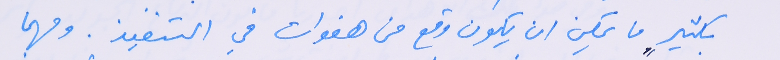
بكثيرٍ ما يمكن ان يكون وقع من هفوات في التنفيذ. ومهما